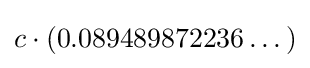
{\textstyle c\cdot (0.089489872236\dots )}